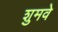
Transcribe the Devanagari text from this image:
शुमवे